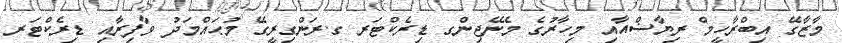
މާޒާގޭ އިބްރާހީމް ރިޔާޟްއާއި މިހާރުގެ މެނޭޖިންގ ޑިރެކްޓަރ ގ.ރަންގިރީގޭ މުޙައްމަދު ވާފިރާއި ޑިރެކްޓަރ